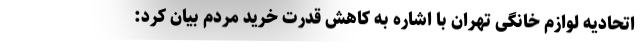
اتحادیه لوازم خانگی تهران با اشاره به کاهش قدرت خرید مردم بیان کرد: